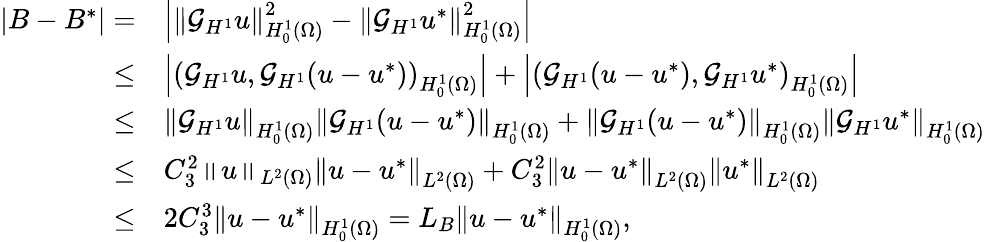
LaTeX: \begin{array}{rl}{|B-B^{*}|=}&{\left|\left\Vert\mathcal{G}_{H^{1}}u\right\Vert_{H_{0}^{1}(\Omega)}^{2}-\left\Vert\mathcal{G}_{H^{1}}u^{*}\right\Vert_{H_{0}^{1}(\Omega)}^{2}\right|}\\ {\leq}&{\left|\left(\mathcal{G}_{H^{1}}u,\mathcal{G}_{H^{1}}(u-u^{*})\right)_{H_{0}^{1}(\Omega)}\right|+\left|\left(\mathcal{G}_{H^{1}}(u-u^{*}),\mathcal{G}_{H^{1}}u^{*}\right)_{H_{0}^{1}(\Omega)}\right|}\\ {\leq}&{\left\Vert\mathcal{G}_{H^{1}}u\right\Vert_{H_{0}^{1}(\Omega)}\left\Vert\mathcal{G}_{H^{1}}(u-u^{*})\right\Vert_{H_{0}^{1}(\Omega)}+\left\Vert\mathcal{G}_{H^{1}}(u-u^{*})\right\Vert_{H_{0}^{1}(\Omega)}\left\Vert\mathcal{G}_{H^{1}}u^{*}\right\Vert_{H_{0}^{1}(\Omega)}}\\ {\leq}&{C_{3}^{2}\left\Vert u\right\Vert_{L^{2}(\Omega)}\left\Vert u-u^{*}\right\Vert_{L^{2}(\Omega)}+C_{3}^{2}\left\Vert u-u^{*}\right\Vert_{L^{2}(\Omega)}\left\Vert u^{*}\right\Vert_{L^{2}(\Omega)}}\\ {\leq}&{2C_{3}^{3}\left\Vert u-u^{*}\right\Vert_{H_{0}^{1}(\Omega)}=L_{B}\left\Vert u-u^{*}\right\Vert_{H_{0}^{1}(\Omega)},}\end{array}